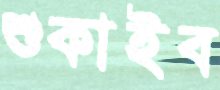
শুকাইব